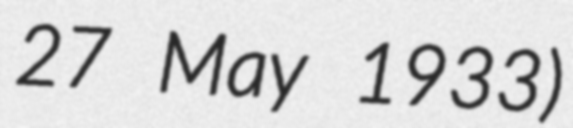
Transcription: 27 May 1933)